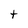
Character: t